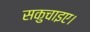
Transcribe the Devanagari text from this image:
सकुचाइए।